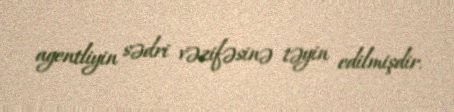
agentliyin sədri vəzifəsinə təyin edilmişdir.